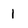
Character: I